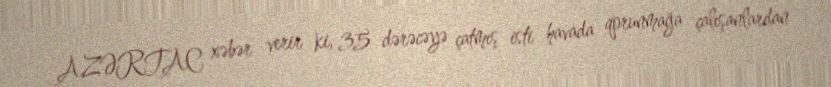
AZƏRTAC xəbər verir ki, 35 dərəcəyə çatmış isti havada qorunmağa çalışanlardan